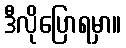
ဒီလိုပြောရမှာ။